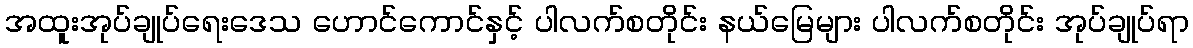
အထူးအုပ်ချုပ်ရေးဒေသ ဟောင်ကောင်နှင့် ပါလက်စတိုင်း နယ်မြေများ ပါလက်စတိုင်း အုပ်ချုပ်ရာ